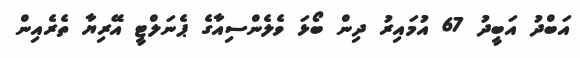
އަބްދު އަބީދު 67 އުމައިރު ދިން ބޯޅަ ވެލެންސިއާގެ ޕެނަލްޓީ އޭރިޔާ ތެރެއިން